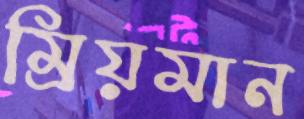
ম্রিয়মান